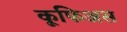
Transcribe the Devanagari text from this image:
कूफिअस